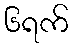
၆ရက်